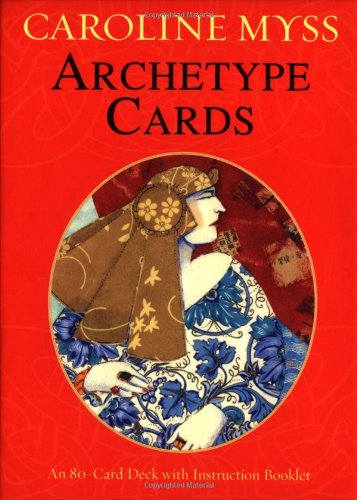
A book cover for Archetype Cards; Caroline Myss; Religion & Spirituality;